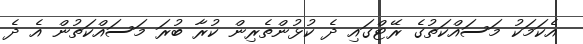
އެކަމަކު މަސައްކަތުގެ ރޭޓްގައި ދެ ކުޅުންތެރިން ކުރާ ބުރަ މަސައްކަތުން އެ ދެ